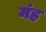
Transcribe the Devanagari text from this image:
मंह